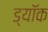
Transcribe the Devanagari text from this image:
ड्यॉक